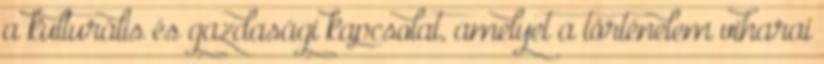
a kulturális és gazdasági kapcsolat, amelyet a történelem viharai